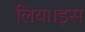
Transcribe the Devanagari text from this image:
लिया।इस